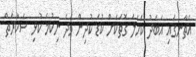
އެތާނގައި އަބަދު ކަހަލަ ގޮތަކަށް ކުޑަ ކުދިން ވަދެ ނިކުމެ ކުޅި ސަކާރަތް